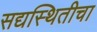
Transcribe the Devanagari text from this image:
सद्यस्थितीचा